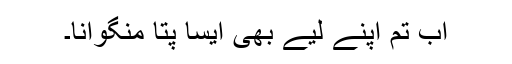
اب تم اپنے لیے بھی ایسا پتا منگوانا۔